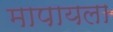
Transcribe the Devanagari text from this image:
मापायला